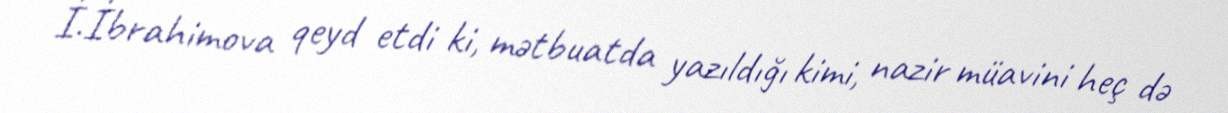
İ.İbrahimova qeyd etdi ki, mətbuatda yazıldığı kimi, nazir müavini heç də